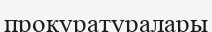
прокуратуралары